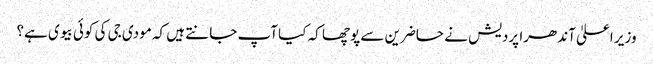
وزیر اعلیٰ آندھرا پردیش نے حاضرین سے پوچھا کہ کیا آپ جانتے ہیں کہ مودی جی کی کوئی بیوی ہے؟